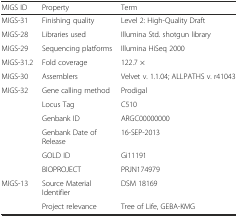
<table><thead><tr><td><b>MIGS ID</b></td><td><b>Property</b></td><td><b>Term</b></td></tr></thead><tbody><tr><td>MIGS-31</td><td>Finishing quality</td><td>Level 2: High-Quality Draft</td></tr><tr><td>MIGS-28</td><td>Libraries used</td><td>Illumina Std. shotgun library</td></tr><tr><td>MIGS-29</td><td>Sequencing platforms</td><td>Illumina HiSeq 2000</td></tr><tr><td>MIGS-31.2</td><td>Fold coverage</td><td>122.7 ×</td></tr><tr><td>MIGS-30</td><td>Assemblers</td><td>Velvet v. 1.1.04; ALLPATHS v. r41043</td></tr><tr><td>MIGS-32</td><td>Gene calling method</td><td>Prodigal</td></tr><tr><td></td><td>Locus Tag</td><td>C510</td></tr><tr><td></td><td>Genbank ID</td><td>ARGC00000000</td></tr><tr><td></td><td>Genbank Date of Release</td><td>16-SEP-2013</td></tr><tr><td></td><td>GOLD ID</td><td>Gi11191</td></tr><tr><td></td><td>BIOPROJECT</td><td>PRJN174979</td></tr><tr><td>MIGS-13</td><td>Source Material Identifier</td><td>DSM 18169</td></tr><tr><td></td><td>Project relevance</td><td>Tree of Life, GEBA-KMG</td></tr></tbody></table>